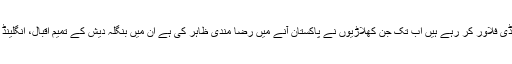
ورلڈ الیون کے کھلاڑیوں کا انتخاب انگلینڈ کےسابق کوچ اینڈی فلاور کر رہے ہیں اب تک جن کھلاڑیوں نے پاکستان آنے میں رضا مندی ظاہر کی ہے ان میں بنگلہ دیش کے تمیم اقبال، انگلینڈ کے عادل رشید اور آسٹریلیا کے وکٹ کیپر ٹم پین شامل ہیں۔